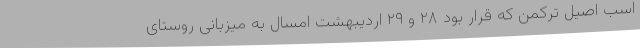
اسب اصیل ترکمن که قرار بود ۲۸ و ۲۹ اردیبهشت امسال به میزبانی روستای